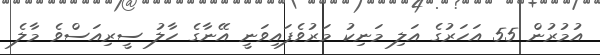
އުމުރުން 55 އަހަރުގެ އަލި މަނިކު މަރުވެފައިވަނީ އޭނާގެ ހާލު ސީރިއަސްވެ މާލެ